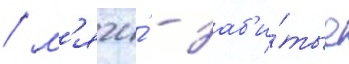
/ м'ячи́ - заб'и́тые